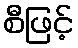
စီဖြင့်